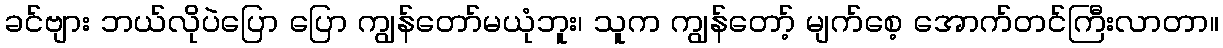
ခင်ဗျား ဘယ်လိုပဲပြော ပြော ကျွန်တော်မယုံဘူး၊ သူက ကျွန်တော့် မျက်စေ့ အောက်တင်ကြီးလာတာ။